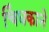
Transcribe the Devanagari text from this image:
चिंधकाने